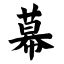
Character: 幕